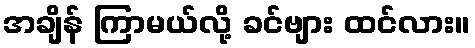
အချိန် ကြာမယ်လို့ ခင်ဗျား ထင်လား။